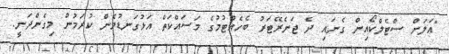
"އަލަށް ސްޓެލްކޯއިން ގެނައި ދެ ޖަނެރޭޓަރު ބެހެއްޓުމުގެ މަސައްކަތް އަޅުގަނޑުމެން ކުރަމުން މިގެންދަނީ.